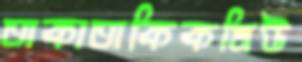
তাকাতাকিকমিউ